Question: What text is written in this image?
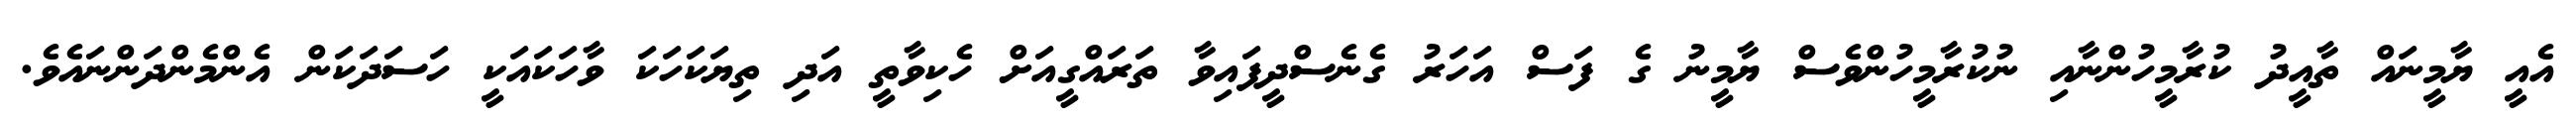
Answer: އެއީ ޔާމީނައް ތާއީދު ކުރާމީހުންނާއި ނުކުރާމީހުންވެސް ޔާމީނު ގެ ފަސް އަހަރު ގެނެސްދީފައިވާ ތަރައްގީއަށް ހެކިވާތީ އަދި ތިޔަކަހަކަ ވާހަކައަކީ ހަސަދަކަން އެންމެންދަންނައެވެ.